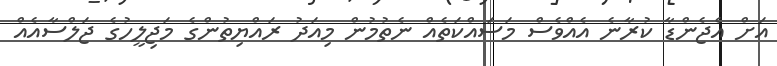
އަށް އެޖެންޑާ ކުރާނެ އެއްވެސް މަސައްކަތެއް ނެތުމުން މިއަދު ރައްޔިތުންގެ މަޖިލީހުގެ ޖަލްސާއެއް